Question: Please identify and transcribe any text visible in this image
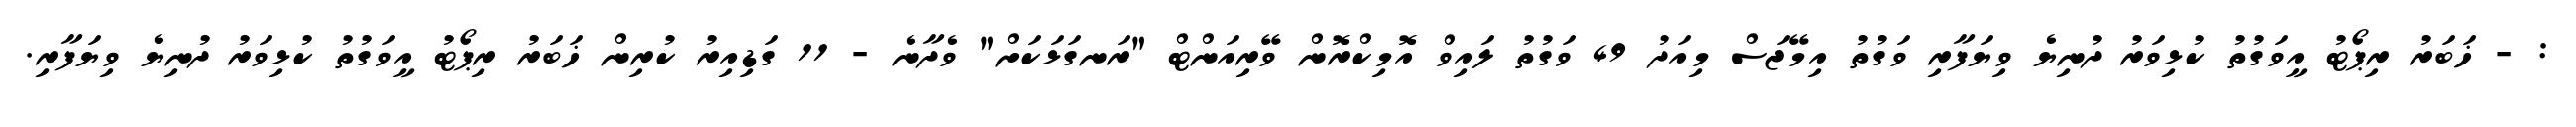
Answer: : - ޚަބަރު ރިޕޯޓު އީވަގުތު ކުޅިވަރު ދުނިޔެ ވިޔަފާރި ވަގުތު އިމޭޖަސް މިއަދު 49 ވަގުތު ލައިވް އޮމިކްރޮން ވޭރިއަންޓް "ރަނގަޅަކަށް" ވެދާނެ - 11 ގަޑިއިރު ކުރިން ޚަބަރު ރިޕޯޓު އީވަގުތު ކުޅިވަރު ދުނިޔެ ވިޔަފާރި.